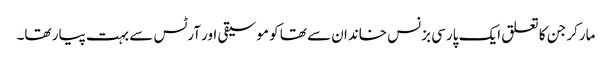
مارکر جن کا تعلق ایک پارسی بزنس خاندان سے تھا کو موسیقی اور آرٹس سے بہت پیار تھا۔